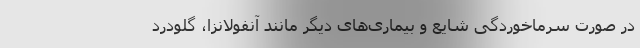
در صورت سرماخوردگی شایع و بیماری‌های دیگر مانند آنفولانزا، گلودرد